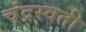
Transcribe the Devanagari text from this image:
चंद्रस्वती